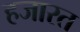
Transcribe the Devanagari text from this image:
हजारत